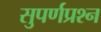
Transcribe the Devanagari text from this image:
सुपर्णप्रश्न